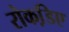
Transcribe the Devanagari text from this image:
रोकडि़ए